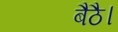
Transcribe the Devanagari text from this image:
बैठै।